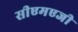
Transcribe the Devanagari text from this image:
सीएमएजी